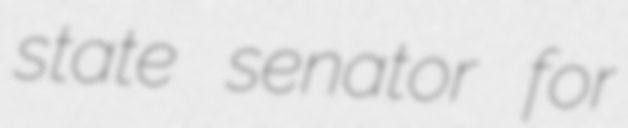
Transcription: state senator for